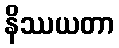
နိဿယတာ